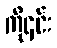
ကို၎င်း